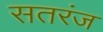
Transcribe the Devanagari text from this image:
सतरंज